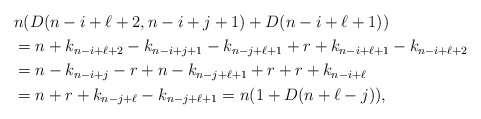
\begin{align*}&n (D(n-i+\ell+2, n-i+j+1)+D(n-i+\ell+1))\\ &=n+k_{n-i+\ell+2}-k_{n-i+j+1}-k_{n-j+\ell+1}+r+k_{n-i+\ell+1}-k_{n-i+\ell+2}\\ &=n-k_{n-i+j}-r+n-k_{n-j+\ell+1}+r+r+k_{n-i+\ell}\\ &=n+r+k_{n-j+\ell}-k_{n-j+\ell+1}=n (1+D(n+\ell-j)),\end{align*}